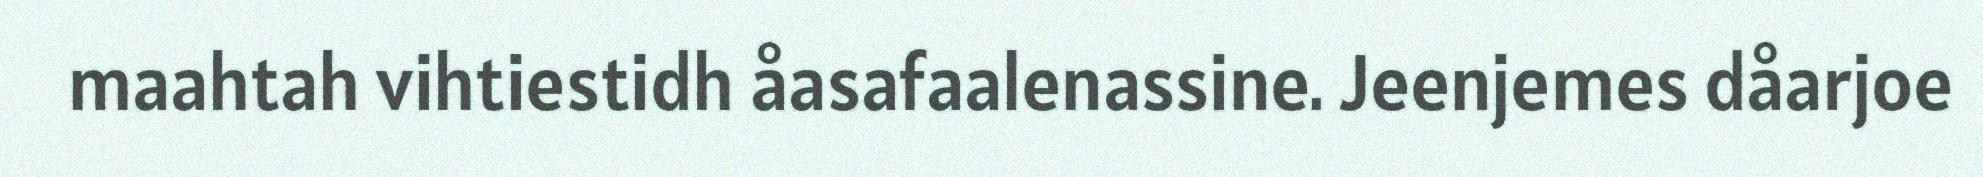
maahtah vihtiestidh åasafaalenassine. Jeenjemes dåarjoe